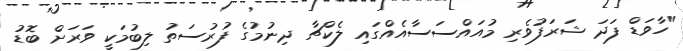
"ހާވަޑް ފަދަ ޝަރަފުވެރި މުއައްސަސާއެއްގައި ލެކްޗާ ދިނުމުގެ ފުރުސަތު ލިބުމަކީ ވަރަށް ބޮޑު